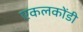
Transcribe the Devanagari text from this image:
एकलकोंडी